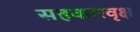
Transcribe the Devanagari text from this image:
सहकारवृक्ष